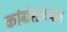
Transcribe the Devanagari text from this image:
कांग्रेसाध्यक्ष